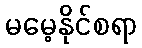
မမေ့နိုင်စရာ